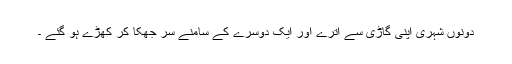
دونوں شہری اپنی گاڑی سے اترے اور ایک دوسرے کے سامنے سر جھکا کر کھڑے ہو گئے ۔